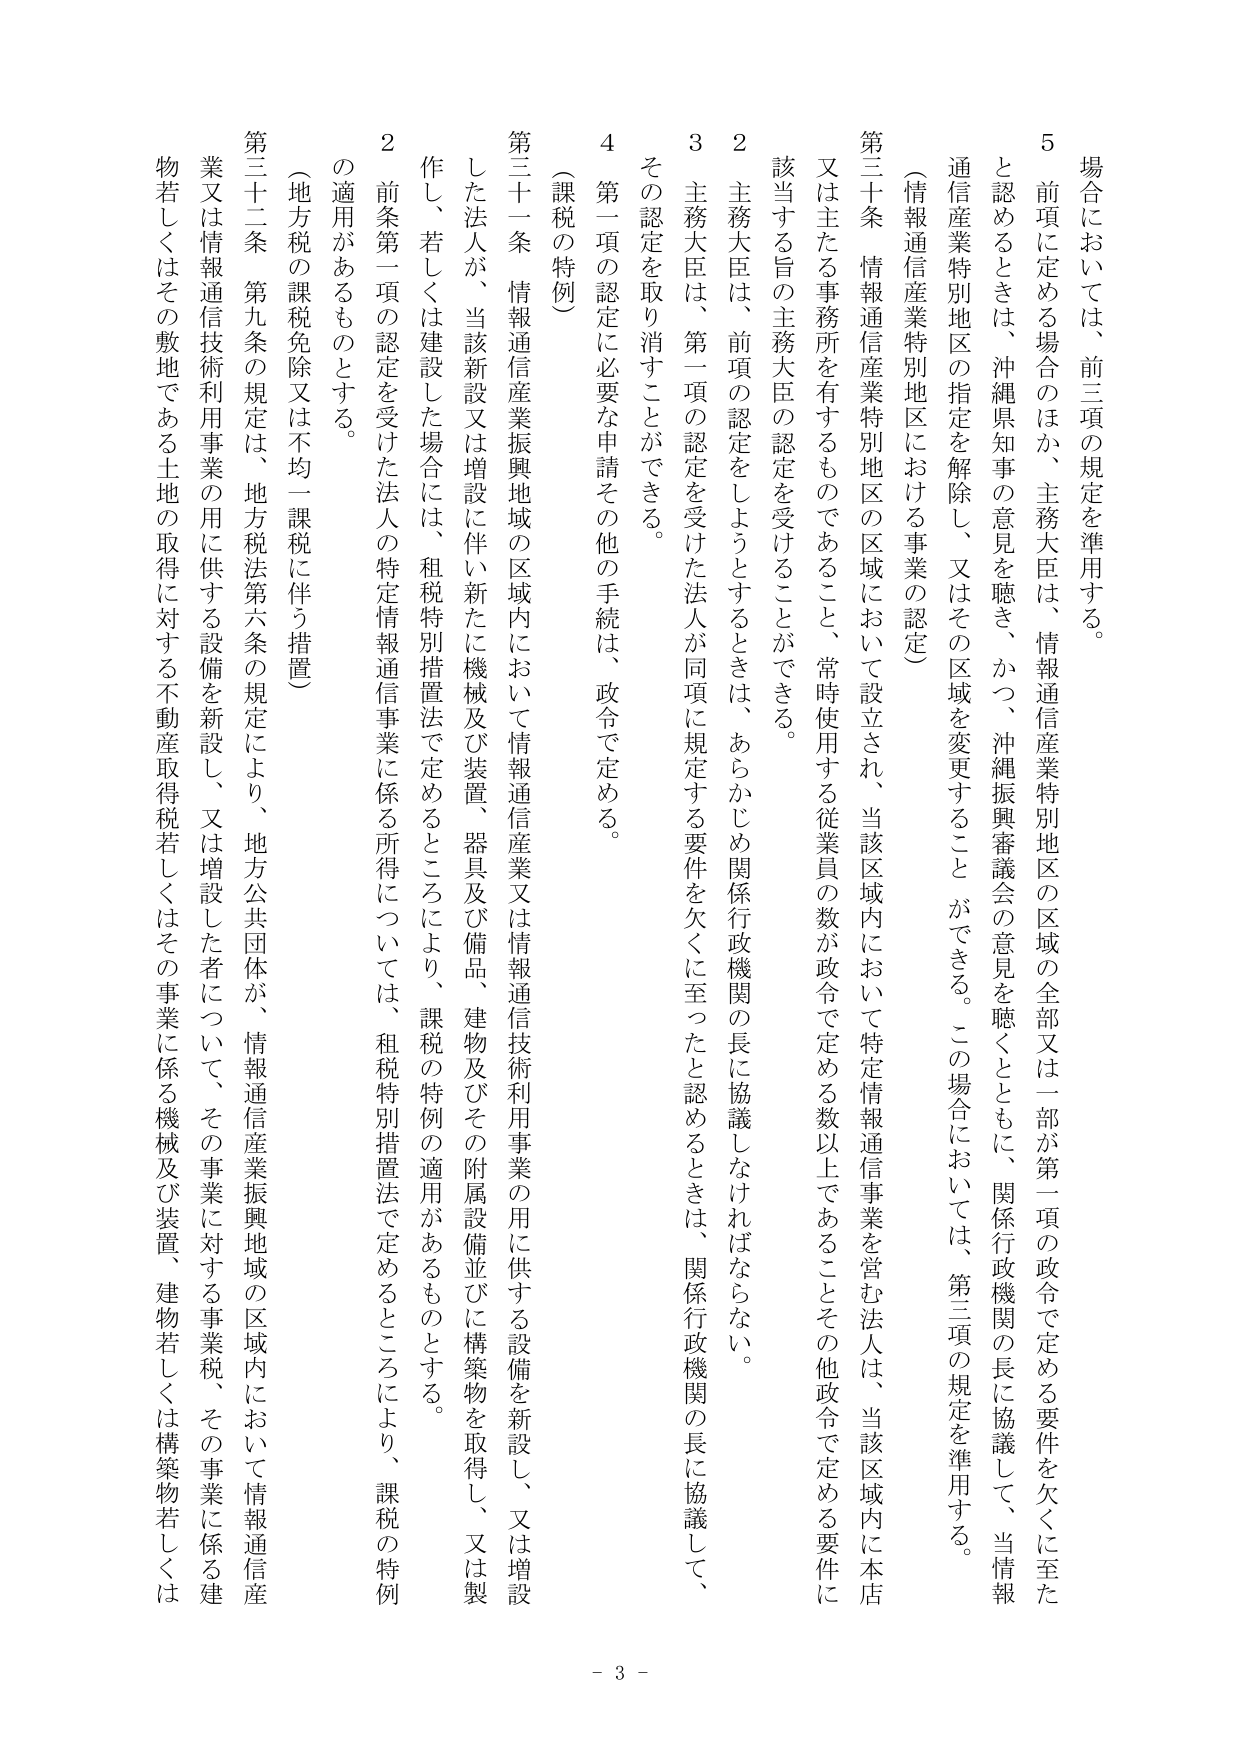
場合においては、前三項の規定を準用する。
５　前項に定める場合のほか、主務大臣は、情報通信産業特別地区の区域の全部又は一部が第一項の政令で定める要件を欠くに至た
と認めるときは、沖縄県知事の意見を聴き、かつ、沖縄振興審議会の意見を聴くとともに、関係行政機関の長に協議して、当情報
通信産業特別地区の指定を解除し、又はその区域を変更することができる。この場合においては、第三項の規定を準用する。
（情報通信産業特別地区における事業の認定）
第二十条　情報通信産業特別地区の区域において設立され、当該区域内において特定情報通信事業を営む法人は、当該区域内に本店
又は主たる事務所を有するものであること、常時使用する従業員の数が政令で定める数以上であることその他政令で定める要件に
該当する旨の主務大臣の認定を受けることができる。
２　主務大臣は、前項の認定をしようとするときは、あらかじめ関係行政機関の長に協議しなければならない。
３　主務大臣は、第一項の認定を受けた法人が同項に規定する要件を欠くに至ったと認めるときは、関係行政機関の長に協議して、
その認定を取り消すことができる。
４　第一項の認定に必要な申請その他の手続は、政令で定める。
（課税の特例）
第三十一条　情報通信産業振興地域の区域内において情報通信産業又は情報通信技術利用事業の用に供する設備を新設し、又は増設
した法人が、当該新設又は増設に伴い新たに機械及び装置、器具及び備品、建物及びその附属設備並びに構築物を取得し、又は製
作し、若しくは建設した場合には、租税特別措置法で定めるところにより、課税の特例の適用があるものとする。
２　前条第一項の認定を受けた法人の特定情報通信事業に係る所得については、租税特別措置法で定めるところにより、課税の特例
の適用があるものとする。
（地方税の課税免除又は不均一課税に伴う措置）
第三十二条　第九条の規定は、地方税法第六条の規定により、地方公共団体が、情報通信産業振興地域の区域内において情報通信産
業又は情報通信技術利用事業の用に供する設備を新設し、又は増設した者について、その事業に対する事業税、その事業に係る機械及び装置、建物若しくは構築物若しくはその敷地である土地の取得に対する不動産取得税若しくはその事業に係る機械及び装置、建物若しくは構築物若しくは
- 3 -